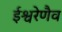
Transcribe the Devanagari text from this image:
ईश्वरेणैव